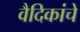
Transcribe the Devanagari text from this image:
वैदिकांचे